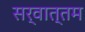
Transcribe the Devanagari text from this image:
सर्वात्तम